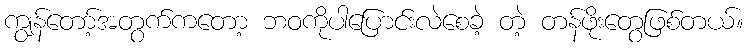
ကျွန်တော့်အတွက်ကတော့ ဘဝကိုပါပြောင်းလဲစေခဲ့ တဲ့ တန်ဖိုးတွေဖြစ်တယ်။